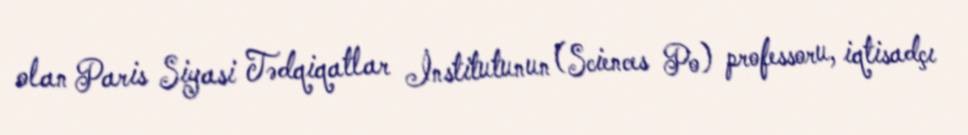
olan Paris Siyasi Tədqiqatlar İnstitutunun (Sciences Po) professoru, iqtisadçı